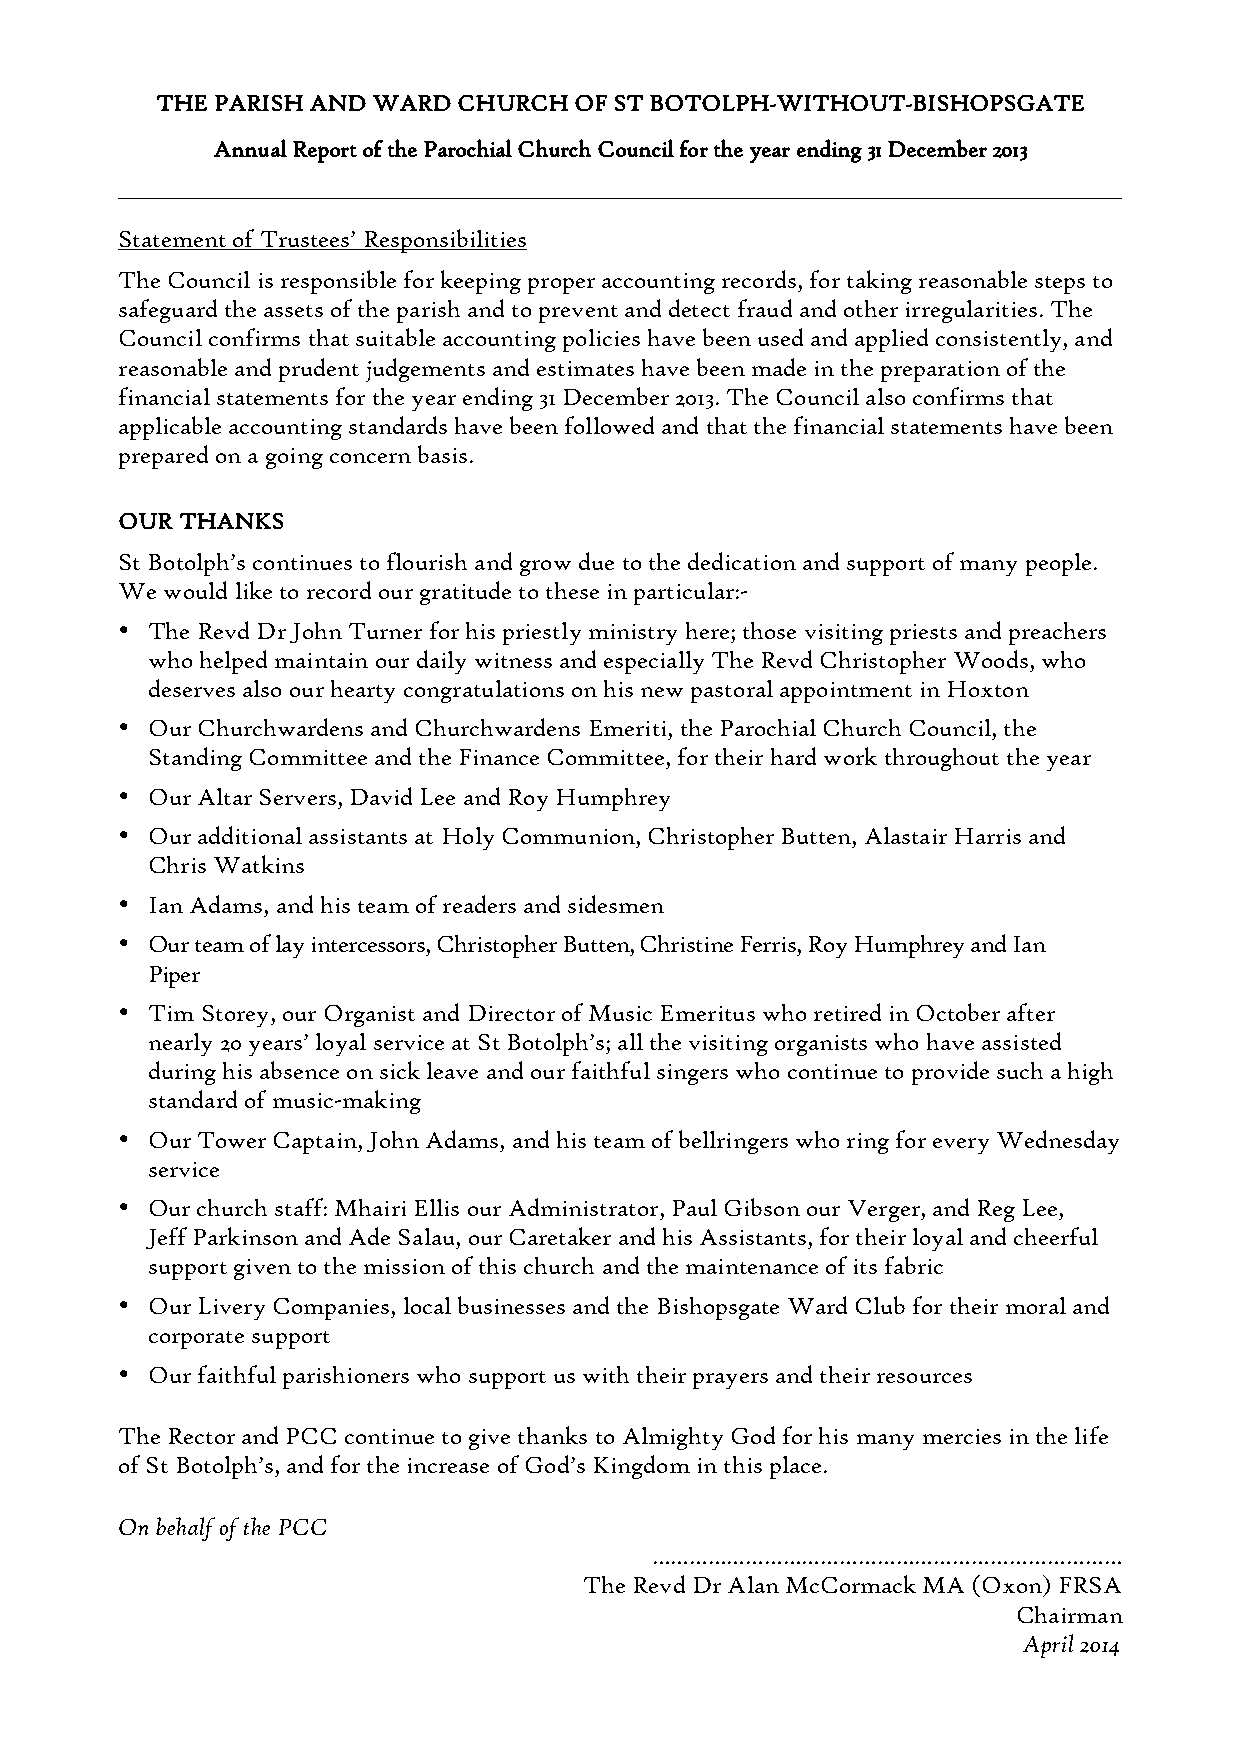
THE PARISH AND WARD CHURCH  OF ST BOTOLPH-WITHOUT-BISHOPSGATE
 Annual Report of the Parochial Church Council for the year ending 31 December 2013
 Statement of Trustees’ Responsibilities
 The Council is responsible for keeping proper accounting records, for taking reasonable steps to
 safeguard the assets of the parish and to prevent and detect fraud and other irregularities. The
 Council confirms that suitable accounting policies have been used and applied consistently, and
 reasonable and prudent judgements and estimates have been made in the preparation of the
 financial statements for the year ending 31 December 2013. The Council also confirms that
 applicable accounting standards have been followed and that the financial statements have been
 prepared on a going concern basis.
 OUR THANKS
 St Botolph’s continues to flourish and grow due to the dedication and support of many people.
 We would like to record our gratitude to these in particular:-
  The Revd Dr John Turner for his priestly ministry here; those visiting priests and preachers
 who helped maintain our daily witness and especially The Revd Christopher Woods, who
 deserves also our hearty congratulations on his new pastoral appointment in Hoxton
  Our Churchwardens and Churchwardens Emeriti, the Parochial Church Council, the
 Standing Committee and the Finance Committee, for their hard work throughout the year
  Our Altar Servers, David Lee and Roy Humphrey
  Our additional assistants at Holy Communion, Christopher Butten, Alastair Harris and
 Chris Watkins
  Ian Adams, and his team of readers and sidesmen
  Our team of lay intercessors, Christopher Butten, Christine Ferris, Roy Humphrey and Ian
 Piper
  Tim Storey, our Organist and Director of Music Emeritus who retired in October after
 nearly 20 years’ loyal service at St Botolph’s; all the visiting organists who have assisted
 during his absence on sick leave and our faithful singers who continue to provide such a high
 standard of music-making
  Our Tower Captain, John Adams, and his team of bellringers who ring for every Wednesday
 service
  Our church staff: Mhairi Ellis our Administrator, Paul Gibson our Verger, and Reg Lee,
 Jeff Parkinson and Ade Salau, our Caretaker and his Assistants, for their loyal and cheerful
 support given to the mission of this church and the maintenance of its fabric
  Our Livery Companies, local businesses and the Bishopsgate Ward Club for their moral and
 corporate support
  Our faithful parishioners who support us with their prayers and their resources
 The Rector and PCC continue to give thanks to Almighty God for his many mercies in the life
 of St Botolph’s, and for the increase of God’s Kingdom in this place.
 On behalf of the PCC
 …………………………………………………………………
 The Revd Dr Alan McCormack MA (Oxon) FRSA
 Chairman
 April 2014